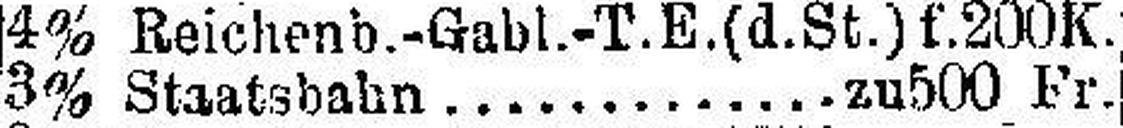
3% Staatsbahn zu 500 Fr.